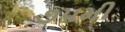
૭૫મી